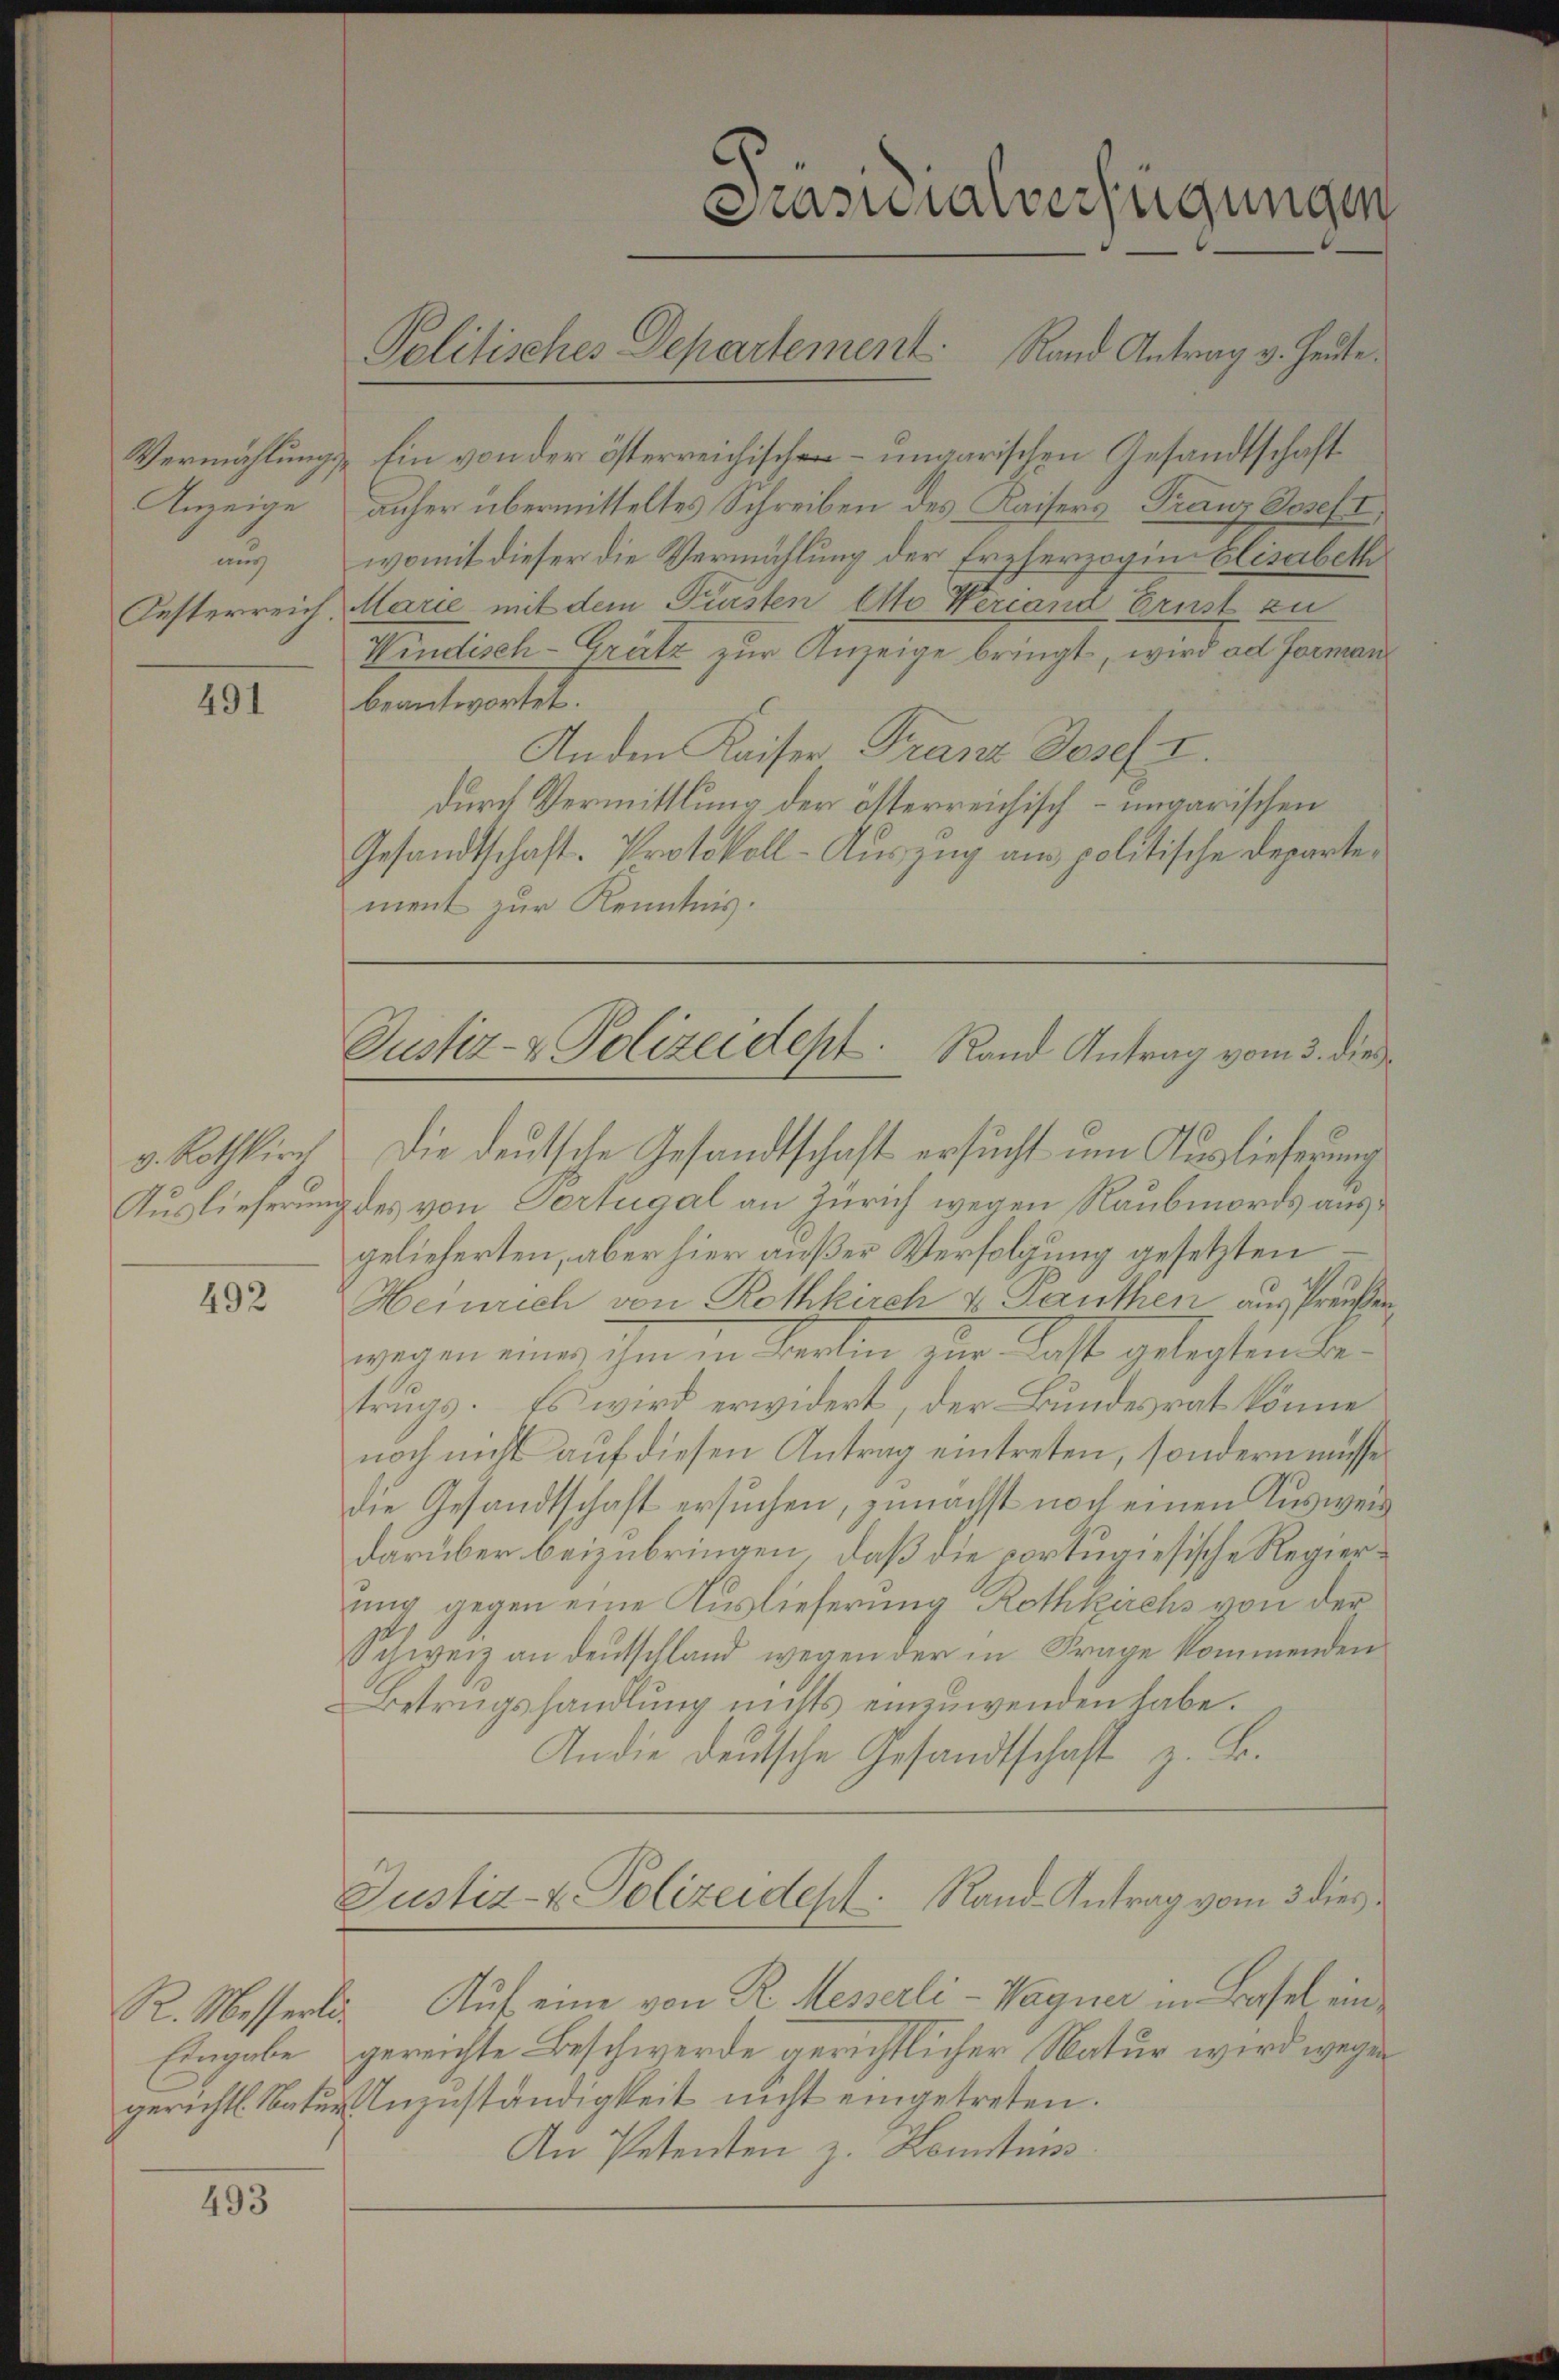
Anzeige
aus
Oesterreich.

491

v. Rothkirch
Auslieferung

492

R. Messerli

493

Prasuialverfügungen

Vermählungs- Ein von der österreichischen- ungarischen Gesandtschaft
anher übermitteltes Schreiben des Kaisers Franz Joseft,
womit dieser die Vermählung der Erzherzogin Elisabeth
Marie mit dem Fürsten Otto Weriand Ernst zu
Windisch-Grütz zur Anzeige bringt, wird ad Forman
beantwortet.
An den Kaiser Franz Josef I.
durch Vermittlung der österreichisch – ungarischen
Gesandtschaft. Protokoll-Auszug am politische Departement zur Kenntnis.

Justiz- & Polizeidept. Rand Antrag vom 3. die

Die deutsche Gesandtschaft ersucht um Auslieferung
des von Pertugal an Zürich wegen Raubmords ausgelieferten, aber hier außer Verfolgung gesetzten
Heinrich von Rothkirch v. Panthen aus Preußen,
wer in eines ihm in Oerlin zur Last gelegten Betrugs. Es wird erwidert, der Bundesrat könne
noch nicht auf diesen Antrag eintreten, sondern müsse
die Gesandtschaft ersuchen, zunächst noch einen Ausweis
darüber beizubringen, daß die portugisische Regierung gegen eine Auslieferung Rothkirchs von der
Schweiz an deutschland wegen der in Frage kommenden
Betrugshandlung nichts einzuwenden habe.
Andie deutsche Gesandtschaft z. B.
Justiz- u. Polizeident. Rand Antrag vom 3 dies
Auf eine von R. Messerli-Wagner im Basel ein¬
Eingabe gereichte Beschwerde gerichtlicher Natur wird wegen
gericht. Natur Anzuständigkeit nicht eingetreten.
An Petenten z. Konstins

Politisches Departement Rand Antrag v. Heute.